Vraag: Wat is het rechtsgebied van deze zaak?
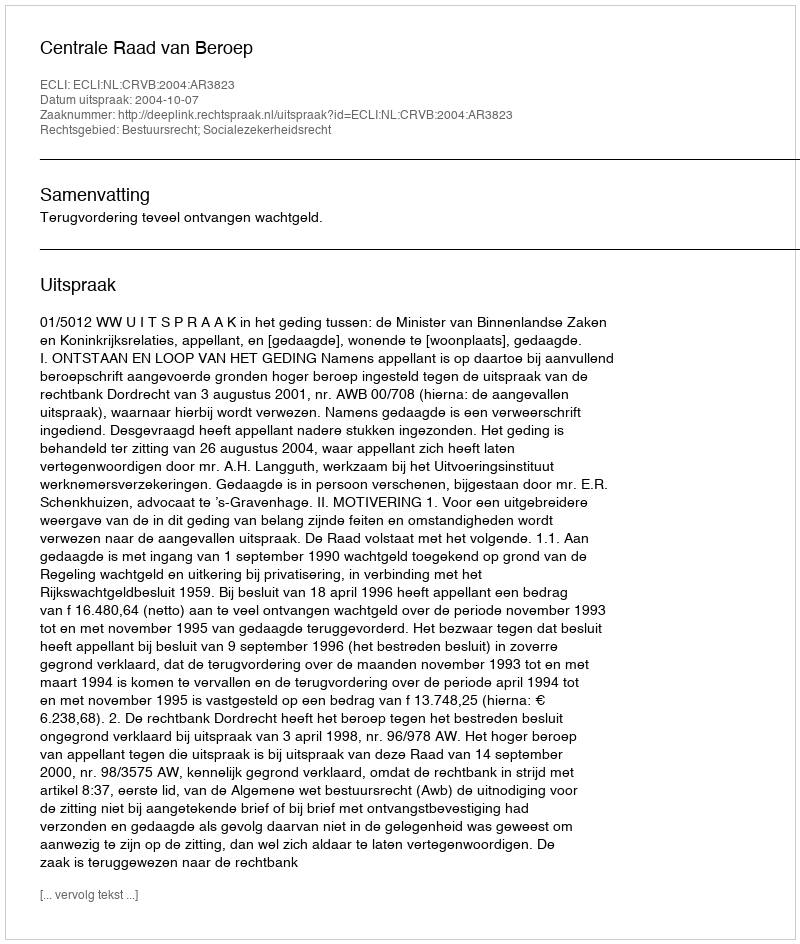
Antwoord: Bestuursrecht; Socialezekerheidsrecht